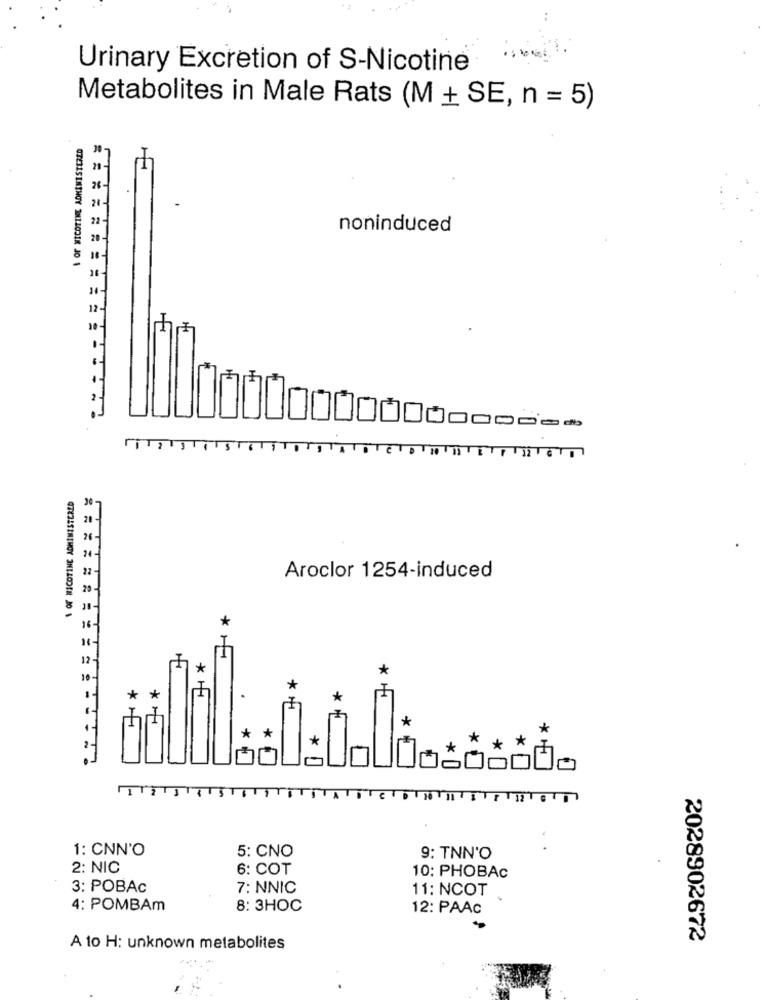
Urinary Excretion of S-Nicotine
Metabolites in Male Rats (M + SE, n = 5)
OF NICOTINE ADMINISTERED
4
noninduced
F
00000000
TAJTSTIT
Aroclor 1254-induced
*
* H
*
*
*
*
*
H
I
*
*
*
*
FT
1: CNN'O
5: CNO
9: TNN'O
2: NIC
6: COT
10: PHOBAc
3: POBAc
7: NNIC
11: NCOT
4: POMBAm
8: 3HOC
12: PAAC
2028902672
A to H: unknown metabolites